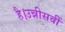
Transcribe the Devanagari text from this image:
है।उन्नीसवीं